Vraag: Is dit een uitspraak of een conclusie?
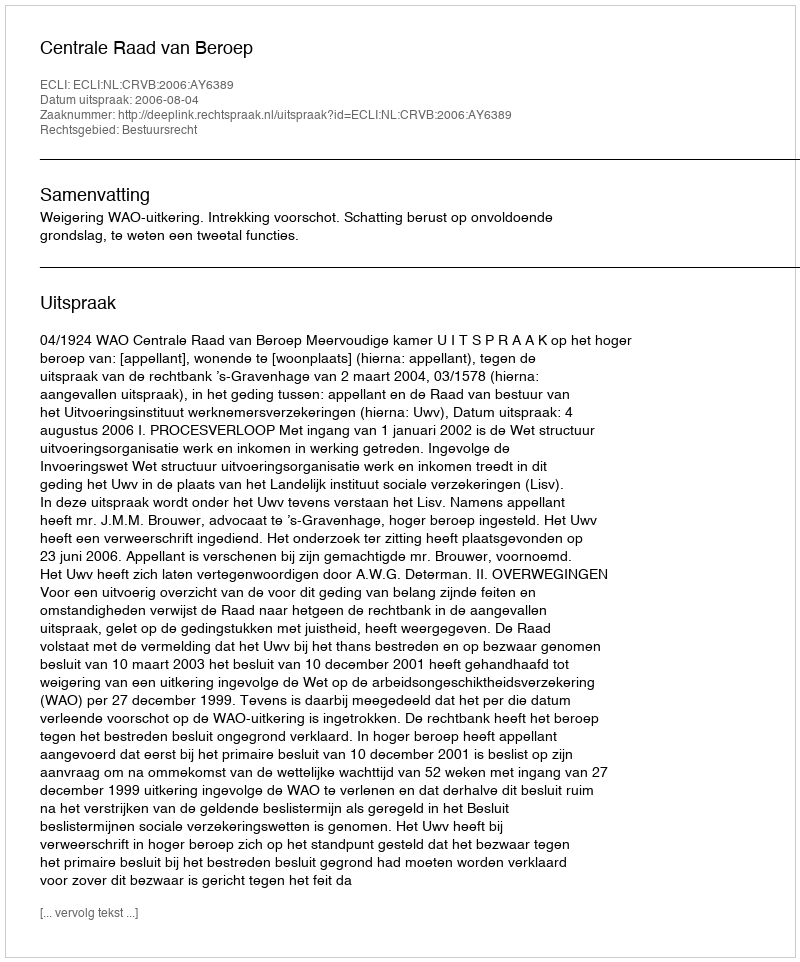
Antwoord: Uitspraak